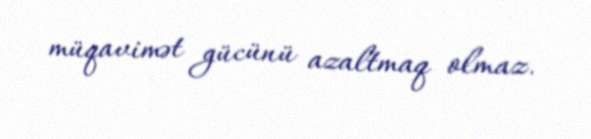
müqavimət gücünü azaltmaq olmaz.